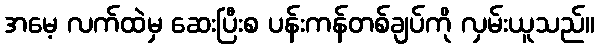
အမေ့ လက်ထဲမှ ဆေးပြီးစ ပန်းကန်တစ်ချပ်ကို လှမ်းယူသည်။